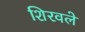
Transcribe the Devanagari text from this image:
शिरवले